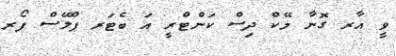
ވީ އާރ ގޮނާ މޭކް ދިސް ކަންޓްރީ އަ ބެޓަރ ޕްލޭސް ފޯރ